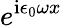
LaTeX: e^{\mathrm{i}\epsilon_{0}\omega x}